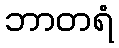
ဘာတရံ